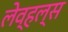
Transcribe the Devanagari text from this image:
लेव्हल्स